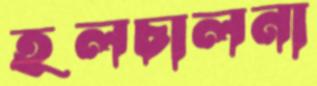
হলচালনা